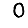
Digit: 0